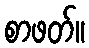
စာဖတ်။